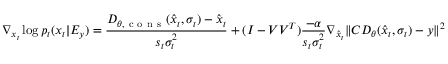
\nabla _ { x _ { t } } \log { p _ { t } ( x _ { t } | E _ { y } ) } = \frac { D _ { \theta , \mathrm { ~ c ~ o ~ n ~ s ~ } } ( \hat { x } _ { t } , \sigma _ { t } ) - \hat { x } _ { t } } { s _ { t } \sigma _ { t } ^ { 2 } } + ( I - V V ^ { T } ) \frac { - \alpha } { s _ { t } \sigma _ { t } ^ { 2 } } \nabla _ { \hat { x } _ { t } } \| C D _ { \theta } ( \hat { x } _ { t } , \sigma _ { t } ) - y \| ^ { 2 }